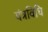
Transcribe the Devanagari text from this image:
यंत्रविधि